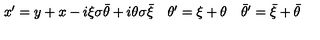
\begin{array} { l l l } { x ^ { \prime } = y + x - i \xi \sigma \bar { \theta } + i \theta \sigma \bar { \xi } } & { \theta ^ { \prime } = \xi + \theta } & { \bar { \theta } ^ { \prime } = \bar { \xi } + \bar { \theta } } \\ \end{array}